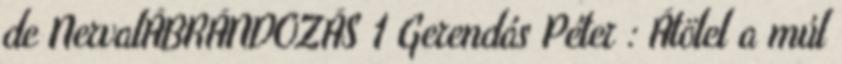
de NervalÁBRÁNDOZÁS 1 Gerendás Péter : Átölel a múl